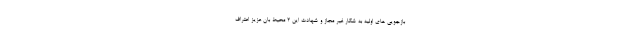
بازجویی های اولیه به شکار غیر مجاز و شهادت این ۲ محیط بان عزیز اعتراف